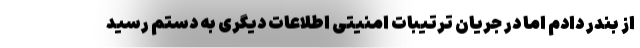
از بندر دادم اما در جریان ترتیبات امنیتی اطلاعات دیگری به دستم رسید